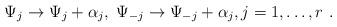
LaTeX: \begin{align*}\Psi_j \rightarrow \Psi_j + \alpha_j,\; \Psi_{-j} \rightarrow \Psi_{-j} + \alpha_j, j=1, \ldots, r\ .\end{align*}